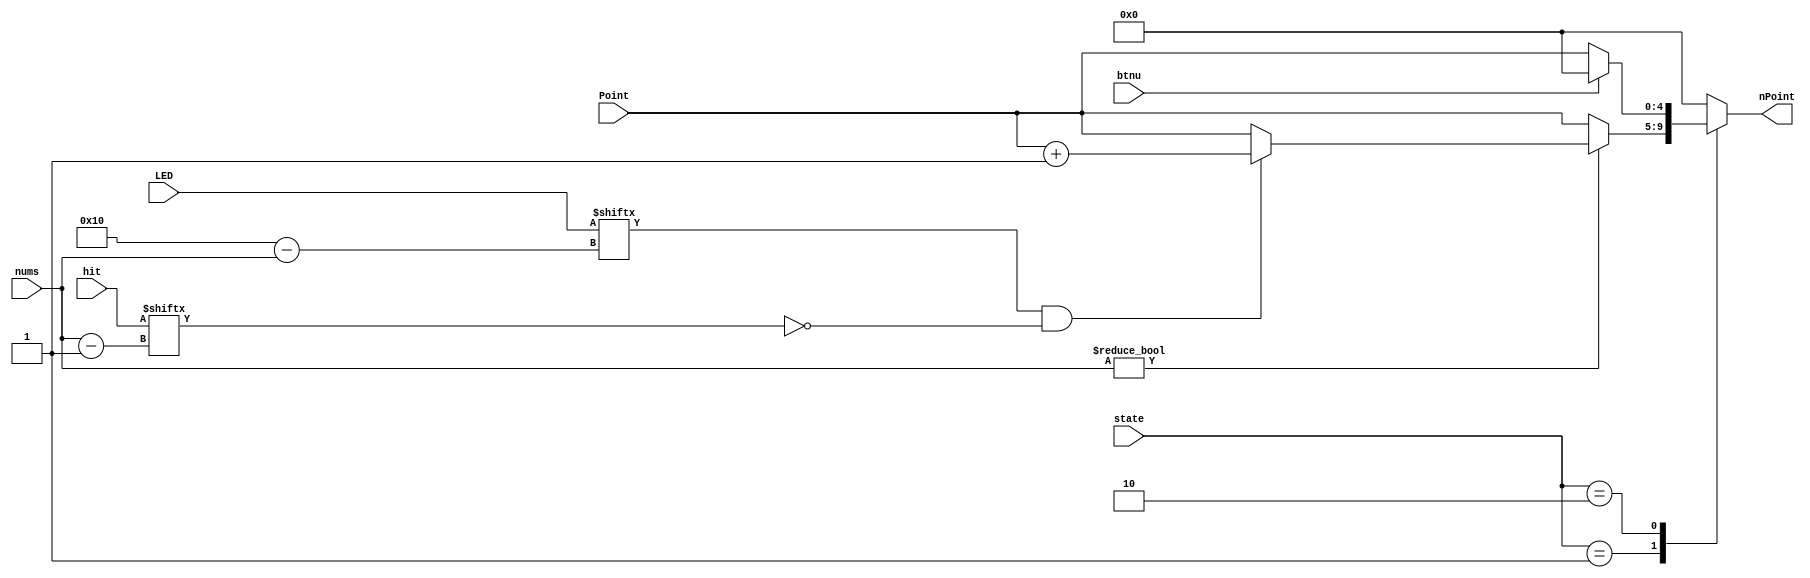
module HandlePoints(
    input [1:0] state,
    input btnu,
    input [15:0] LED,
    input [4:0] Point,
    input [8:0] hit,
    input [3:0] nums,
    output reg [4:0] nPoint
);
    parameter FINAL = 2'b10;
    parameter GAME = 2'b01;
    parameter INITIAL = 2'b00;
    
    always @(*) begin
        case (state)
            INITIAL:begin
                if(btnu) nPoint = 0;
                else nPoint = 0;
            end
            GAME:begin
                nPoint = 0;
                if(nums)begin
                    if(LED[16-nums] && !hit[nums-1]) nPoint = Point+1;
                    else nPoint = Point;
                end else nPoint = Point;
            end
            FINAL:begin
            if(btnu) nPoint = 5'd0;
                else nPoint = Point;
            end 
            default:begin
                if(btnu) nPoint = 5'd0;
                else nPoint = 5'd0;
            end
        endcase
    end
endmodule